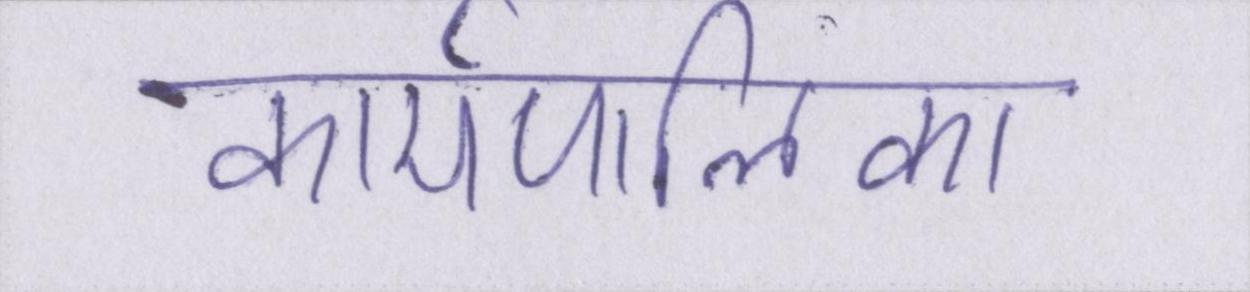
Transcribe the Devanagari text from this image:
कार्यपालिका